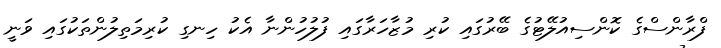
ފްރާންސްގެ ކޮންސިއުލޭޓުގެ ބޭރުގައި ކުރި މުޒާހަރާގައި ފުލުހުންނާ އެކު ހިނގި ކުރިމަތިލުންތަކުގައި ވަނީ